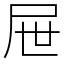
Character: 屉